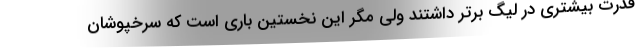
قدرت بیشتری در لیگ برتر داشتند ولی مگر این نخستین باری است که سرخپوشان